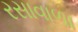
રસાવાળા